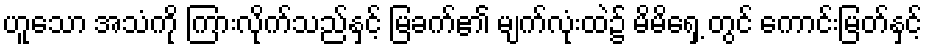
ဟူသော အသံကို ကြားလိုက်သည်နှင့် မြခက်၏ မျက်လုံးထဲ၌ မိမိရှေ့ တွင် ကောင်းမြတ်နှင့်